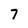
Character: 7